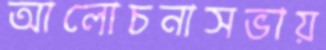
আলোচনাসভায়